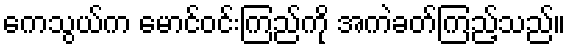
ကေသွယ်က မောင်ဝင်းကြည်ကို အကဲခတ်ကြည့်သည်။